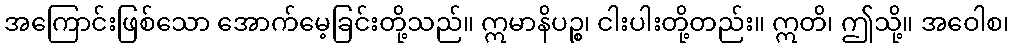
အကြောင်းဖြစ်သော အောက်မေ့ခြင်းတို့သည်။ ဣမာနိပဉ္စ၊ ငါးပါးတို့တည်း။ ဣတိ၊ ဤသို့။ အဝေါစ၊